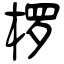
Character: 椤